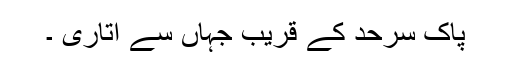
پاک سرحد کے قریب جہاں سے اتاری ۔